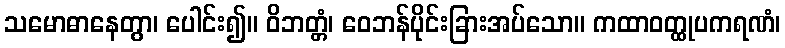
သမောဓာနေတွာ၊ ပေါင်း၍။ ဝိဘတ္တံ၊ ဝေဘန်ပိုင်းခြားအပ်သော။ ကထာဝတ္ထုပကရဏံ၊